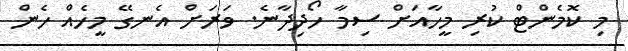
މި ކޮމެންޓް ކުރި މީހާއަށް ސިމާ ހޯދިދާނެ. ވަރަށް އެނގޭ މީހެއް ހެން